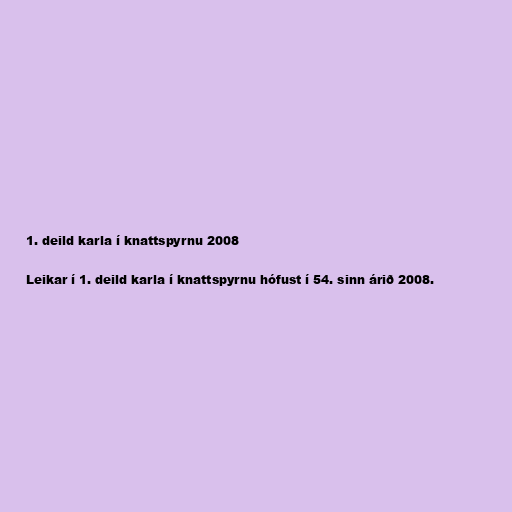
1. deild karla í knattspyrnu 2008

Leikar í 1. deild karla í knattspyrnu hófust í 54. sinn árið 2008.